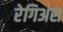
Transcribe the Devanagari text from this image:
रेगिअस